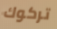
تركوك